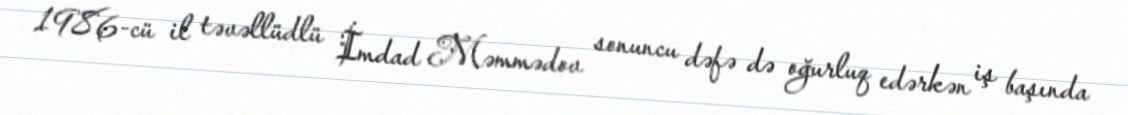
1986-cü il təvəllüdlü İmdad Məmmədov sonuncu dəfə də oğurluq edərkən iş başında